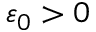
\ensuremath { \varepsilon } _ { 0 } > 0